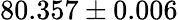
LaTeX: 80.357\pm 0.006